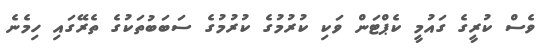
ވެސް ކުރީގެ ގައުމީ ކެޕްޓަން ވަކި ކުރުމުގެ ކުރުމުގެ ސަބަބުތަކުގެ ތެރޭގައި ހިމެނެ